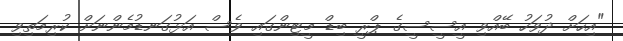
"އިހަށް ދުވަހު ބޭއްވި އީސީސީގެ ޕްރީ ބިޑް މީޓިންގައި ވެސް އަޅުގަނޑުމެންނަށް ކުރިމަތިވި